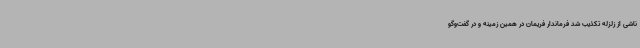
ناشی از زلزله تکذیب شد فرماندار فریمان در همین زمینه و در گفت‌وگو